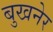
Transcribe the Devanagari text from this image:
बुखनेर